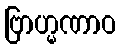
ဗြာဟ္မဏာဝ